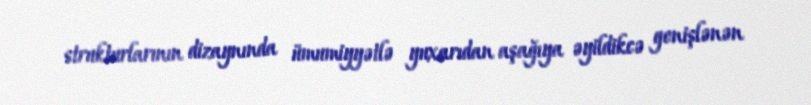
strukturlarının dizaynında ümumiyyətlə yuxarıdan aşağıya əyildikcə genişlənən